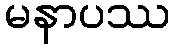
မနာပဿ